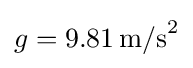
{\textstyle g=9.81\,\mathrm {m/s} ^{2}}